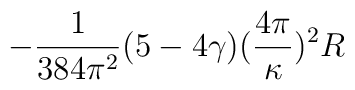
-\frac{1}{384\pi^2}(5-4\gamma) (\frac{4\pi}{\kappa})^2 R